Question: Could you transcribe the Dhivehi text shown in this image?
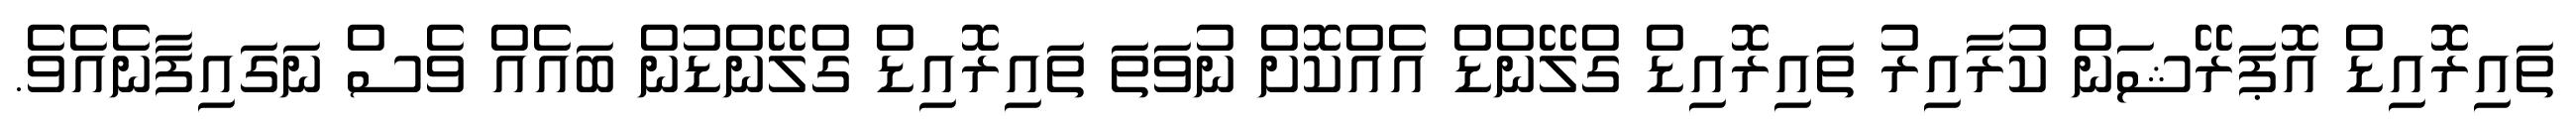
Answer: ތައިރޮއިޑް އޮޕަރޭޝަން ކުރާއިރު ތައިރޮއިޑް ގްލޭންޑް އެއްކޮށް ނުވަތަ ތައިރޮއިޑް ގްލޭންޑުން ބައެއް ވެސް ނަގައިފާނެއެވެ.